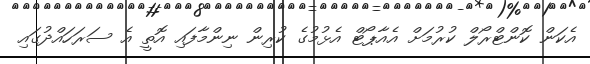
އެކަން ކޮންޓްރޯލް ކުރުމަށް އެއާޕޯޓް އެޅުމުގެ ކުރިން ނިންމާފައި އޮތީ އެ ސަރަހައްދުގައި